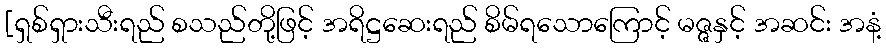
[ရှစ်ရှားသီးရည် စသည်တို့ဖြင့် အရိဋ္ဌဆေးရည် စိမ်ရသောကြောင့် မဇ္ဇနှင့် အဆင်း အနံ့